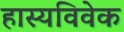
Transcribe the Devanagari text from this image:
हास्यविवेक